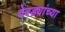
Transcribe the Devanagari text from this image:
देवड्यांच्या